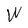
Character: W